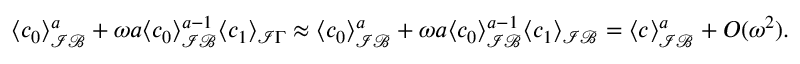
\begin{array} { r l } & { \langle c _ { 0 } \rangle _ { \mathcal { I B } } ^ { a } + \omega a \langle c _ { 0 } \rangle _ { \mathcal { I B } } ^ { a - 1 } \langle c _ { 1 } \rangle _ { \mathcal { I } \Gamma } \approx \langle c _ { 0 } \rangle _ { \mathcal { I B } } ^ { a } + \omega a \langle c _ { 0 } \rangle _ { \mathcal { I B } } ^ { a - 1 } \langle c _ { 1 } \rangle _ { \mathcal { I B } } = \langle c \rangle _ { \mathcal { I B } } ^ { a } + O ( \omega ^ { 2 } ) . } \end{array}